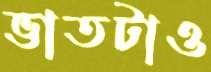
ভাতটাও